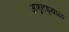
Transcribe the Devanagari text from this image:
अणुघड्याळ